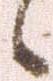
候